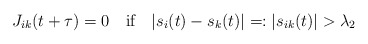
\begin{align*}J_{ik}(t+\tau)=0\quad\mbox{if}\quad |s_i(t)-s_k(t)|=:|s_{ik}(t)|>\lambda_2\end{align*}